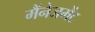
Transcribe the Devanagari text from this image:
मैंनेजमेंट